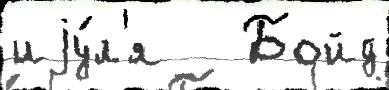
иjу́л'я   Бойд